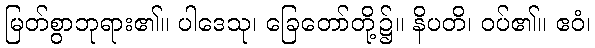
မြတ်စွာဘုရား၏။ ပါဒေသု၊ ခြေတော်တို့၌။ နိပတိ၊ ဝပ်၏။ ဧဝံ၊